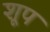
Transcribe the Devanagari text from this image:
शूप